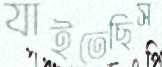
যাইতেছিস